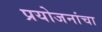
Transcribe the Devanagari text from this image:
प्रयोजनांचा